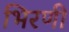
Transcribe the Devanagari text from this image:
भिरणी